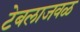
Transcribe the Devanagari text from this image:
टेबलाजवळ